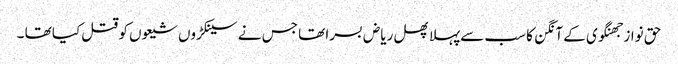
حق نواز جھنگوی کے آنگن کا سب سےپہلا پھل ریاض بسرا تھا جس نے سینکڑوں شیعوں کو قتل کیا تھا ۔